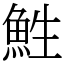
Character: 鮏